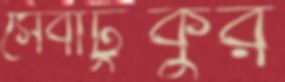
সেবাটুকুর